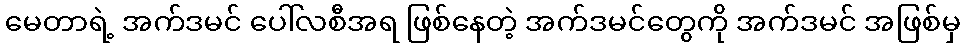
မေတာရဲ့ အက်ဒမင် ပေါ်လစီအရ ဖြစ်နေတဲ့ အက်ဒမင်တွေကို အက်ဒမင် အဖြစ်မှ